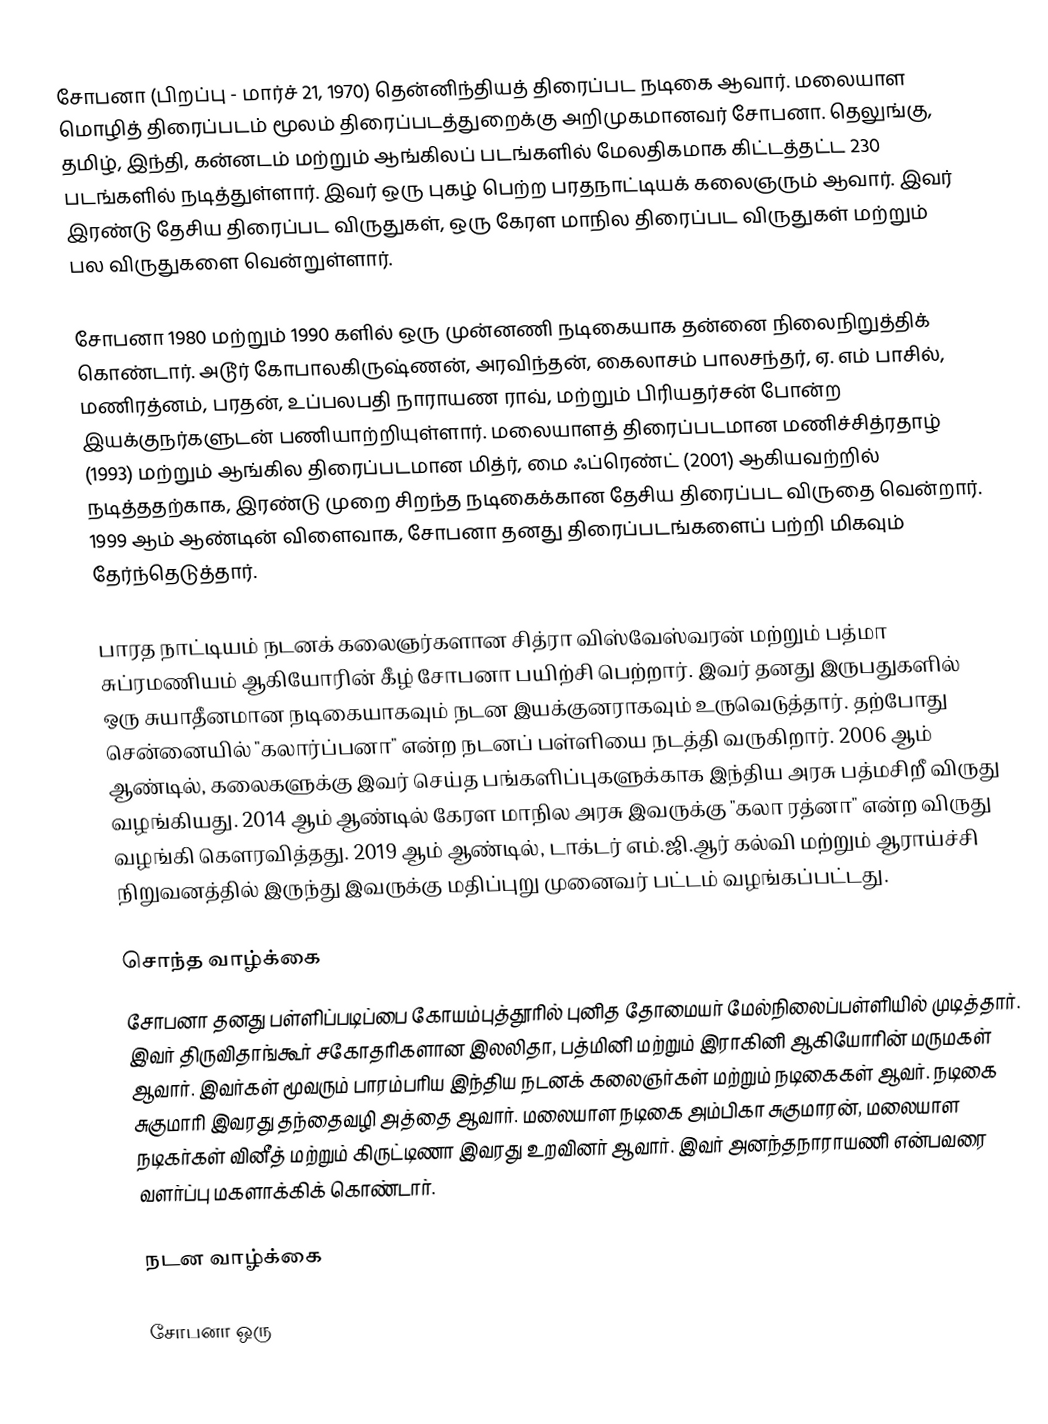
சோபனா (பிறப்பு - மார்ச் 21, 1970) தென்னிந்தியத் திரைப்பட நடிகை ஆவார். மலையாள மொழித் திரைப்படம் மூலம் திரைப்படத்துறைக்கு அறிமுகமானவர் சோபனா. தெலுங்கு, தமிழ், இந்தி, கன்னடம் மற்றும் ஆங்கிலப் படங்களில் மேலதிகமாக கிட்டத்தட்ட 230 படங்களில் நடித்துள்ளார். இவர் ஒரு புகழ் பெற்ற பரதநாட்டியக் கலைஞரும் ஆவார். இவர் இரண்டு தேசிய திரைப்பட விருதுகள், ஒரு கேரள மாநில திரைப்பட விருதுகள் மற்றும் பல விருதுகளை வென்றுள்ளார்.

சோபனா 1980 மற்றும் 1990 களில் ஒரு முன்னணி நடிகையாக தன்னை நிலைநிறுத்திக் கொண்டார். அடூர் கோபாலகிருஷ்ணன், அரவிந்தன், கைலாசம் பாலசந்தர், ஏ. எம் பாசில், மணிரத்னம், பரதன், உப்பலபதி நாராயண ராவ், மற்றும் பிரியதர்சன் போன்ற இயக்குநர்களுடன் பணியாற்றியுள்ளார். மலையாளத் திரைப்படமான மணிச்சித்ரதாழ் (1993) மற்றும் ஆங்கில திரைப்படமான மித்ர், மை ஃப்ரெண்ட் (2001) ஆகியவற்றில் நடித்ததற்காக, இரண்டு முறை சிறந்த நடிகைக்கான தேசிய திரைப்பட விருதை வென்றார். 1999 ஆம் ஆண்டின் விளைவாக, சோபனா தனது திரைப்படங்களைப் பற்றி மிகவும் தேர்ந்தெடுத்தார்.

பாரத நாட்டியம் நடனக் கலைஞர்களான சித்ரா விஸ்வேஸ்வரன் மற்றும் பத்மா சுப்ரமணியம் ஆகியோரின் கீழ் சோபனா பயிற்சி பெற்றார். இவர் தனது இருபதுகளில் ஒரு சுயாதீனமான நடிகையாகவும் நடன இயக்குனராகவும் உருவெடுத்தார். தற்போது சென்னையில் "கலார்ப்பனா" என்ற நடனப் பள்ளியை நடத்தி வருகிறார். 2006 ஆம் ஆண்டில், கலைகளுக்கு இவர் செய்த பங்களிப்புகளுக்காக இந்திய அரசு பத்மசிறீ விருது வழங்கியது. 2014 ஆம் ஆண்டில் கேரள மாநில அரசு இவருக்கு "கலா ரத்னா" என்ற விருது வழங்கி கௌரவித்தது. 2019 ஆம் ஆண்டில், டாக்டர் எம்.ஜி.ஆர் கல்வி மற்றும் ஆராய்ச்சி நிறுவனத்தில் இருந்து இவருக்கு மதிப்புறு முனைவர் பட்டம் வழங்கப்பட்டது.

சொந்த வாழ்க்கை
சோபனா தனது பள்ளிப்படிப்பை கோயம்புத்தூரில் புனித தோமையர் மேல்நிலைப்பள்ளியில் முடித்தார். இவர் திருவிதாங்கூர் சகோதரிகளான இலலிதா, பத்மினி மற்றும் இராகினி ஆகியோரின் மருமகள் ஆவார். இவர்கள் மூவரும் பாரம்பரிய இந்திய நடனக் கலைஞர்கள் மற்றும் நடிகைகள் ஆவர். நடிகை சுகுமாரி இவரது தந்தைவழி அத்தை ஆவார். மலையாள நடிகை அம்பிகா சுகுமாரன், மலையாள நடிகர்கள் வினீத் மற்றும் கிருட்டிணா இவரது உறவினர் ஆவார். இவர் அனந்தநாராயணி என்பவரை வளர்ப்பு மகளாக்கிக் கொண்டார்.

நடன வாழ்க்கை

சோபனா ஒரு